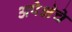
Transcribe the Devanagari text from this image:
अपेक्षेचे